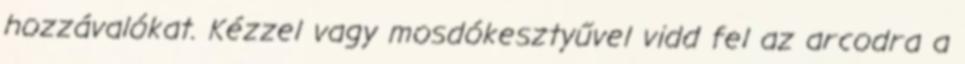
hozzávalókat. Kézzel vagy mosdókesztyűvel vidd fel az arcodra a